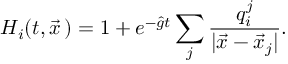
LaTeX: H _ { i } ( t , \vec { x } \, ) = 1 + e ^ { - \hat { g } t } \sum _ { j } { \frac { q _ { i } ^ { j } } { | \vec { x } - \vec { x } _ { j } | } } .